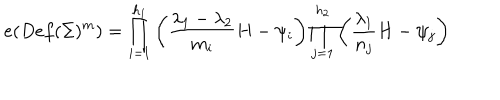
LaTeX: e ( D e f ( \Sigma ) ^ { m } ) = \prod _ { i = 1 } ^ { h _ { 1 } } \left( { \frac { \lambda _ { 1 } - \lambda _ { 2 } } { m _ { i } } } H - \psi _ { i } \right) \prod _ { j = 1 } ^ { h _ { 2 } } \left( { \frac { \lambda _ { 1 } } { n _ { j } } } H - \psi _ { j } \right)